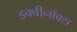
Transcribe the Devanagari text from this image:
इक्वीनॉक्स